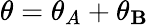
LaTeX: \theta=\theta_{A}+\theta_{\mathbf{B}}